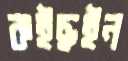
কইছইন